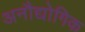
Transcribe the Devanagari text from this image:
अनौद्योगिक